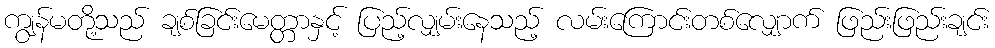
ကျွန်မတို့သည် ချစ်ခြင်းမေတ္တာနှင့် ပြည့်လျှမ်းနေသည့် လမ်းကြောင်းတစ်လျှောက် ဖြည်းဖြည်းချင်း